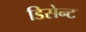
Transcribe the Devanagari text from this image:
डिसेन्ट